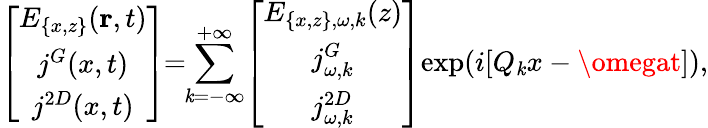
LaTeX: \left[\begin{array}{c}{E_{\{ x,z\} }(\textbf{r},t)}\\ {j^{G}(x,t)}\\ {j^{2D}(x,t)}\end{array}\right]\! \! =\! \! \sum_{\mathit{k}=-\infty}^{+\infty}\! \left[\begin{array}{c}{E_{\{ x,z\} ,\omega,k}(z)}\\ {j_{\omega,k}^{G}}\\ {j_{\omega,k}^{2D}}\end{array}\right]\! \exp(i[Q_{\mathit{k}}x-\omegat]),